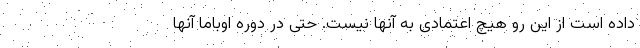
داده است از این رو هیچ اعتمادی به آنها نیست. حتی در دوره اوباما آنها